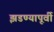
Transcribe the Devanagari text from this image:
झडण्यापूर्वी